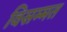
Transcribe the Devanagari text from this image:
विसम्मत